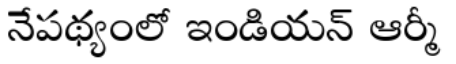
నేపథ్యంలో ఇండియన్ ఆర్మీ